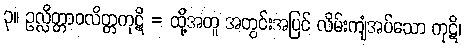
၃။ ဥလ္လိတ္တာဝလိတ္တကုဋိ = ထို့အတူ အတွင်းအပြင် လိမ်းကျံအပ်သော ကုဋိ၊